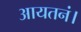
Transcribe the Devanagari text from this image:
आयतनं।